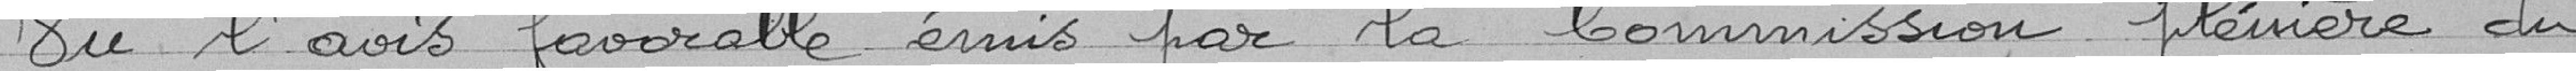
Vu l'avis favorable émis par la Commission plénière du